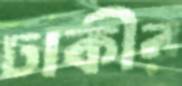
ঢাকীর